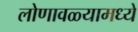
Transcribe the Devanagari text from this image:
लोणावळ्यामध्ये